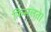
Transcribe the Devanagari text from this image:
फिसलते।